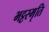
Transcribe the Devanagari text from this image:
भट्टस्मृति